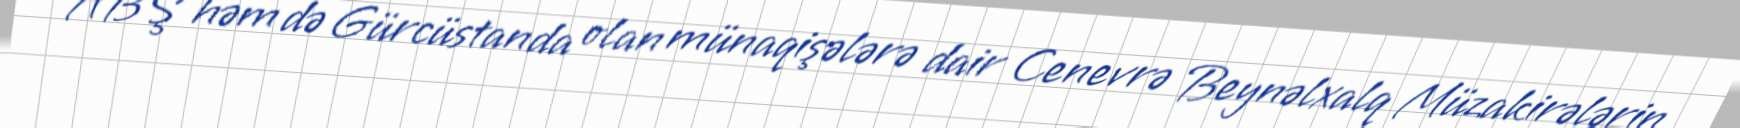
ABŞ həm də Gürcüstanda olan münaqişələrə dair Cenevrə Beynəlxalq Müzakirələrin